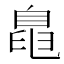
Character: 𱼨